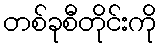
တစ်ခုစီတိုင်းကို